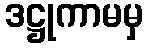
ဒဋ္ဌုကာမမှ